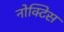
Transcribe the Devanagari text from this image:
नोक्टिस